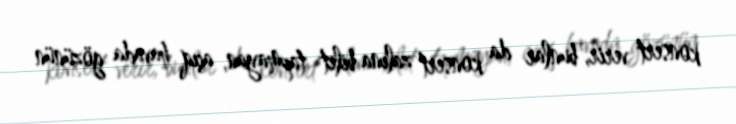
konsert verir, bunlar da konsert zalına bilet tapmayan, açıq havada gözünün